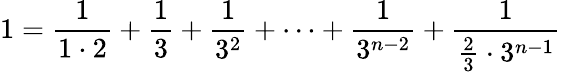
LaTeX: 1={\frac{1}{1\cdot 2}}+{\frac{1}{3}}+{\frac{1}{3^{2}}}+\dots+{\frac{1}{3^{n-2}}}+{\frac{1}{{\frac{2}{3}}\cdot 3^{n-1}}}